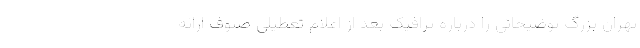
تهران بزرگ توضیحاتی را درباره ترافیک بعد از اعلام تعطیلی صنوف ارائه